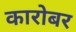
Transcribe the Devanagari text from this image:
कारोबर